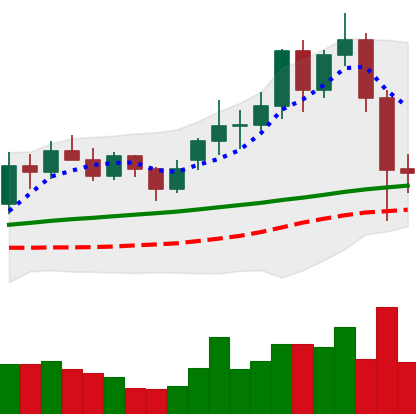
Ticker: LINK-USD
Chart end date: 2020-11-27
Forward return: 11.986%
Label: up_7plus